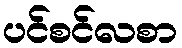
ပင်စင်လစာ